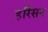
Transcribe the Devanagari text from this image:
हर्रिसन